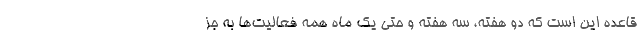
قاعده این است که دو هفته، سه هفته و حتی یک ماه همه فعالیت‌ها به جز